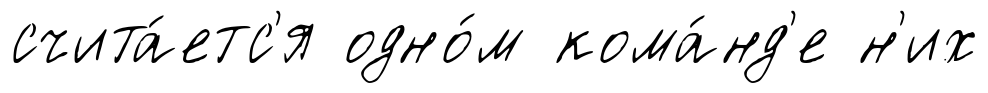
счита́етс'я одно́м кома́нд'е н'их